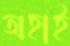
অহাই